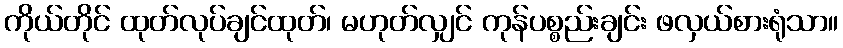
ကိုယ်တိုင် ထုတ်လုပ်ချင်ထုတ်၊ မဟုတ်လျှင် ကုန်ပစ္စည်းချင်း ဖလှယ်စားရုံသာ။